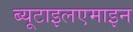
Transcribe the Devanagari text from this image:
ब्यूटाइलएमाइन